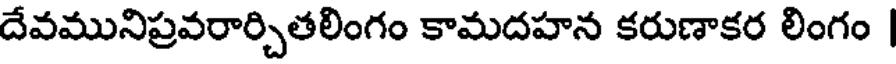
దేవమునిప్రవరార్చితలింగం కామదహన కరుణాకర లింగం